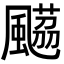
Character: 𩘡